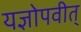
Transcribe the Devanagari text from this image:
यज्ञोपवीत्